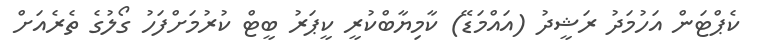
ކެޕްޓަން އަހުމަދު ރަޝީދު (އައްމަޑޭ) ކާމިޔާބްކުރީ ކީޕަރު ބީޓް ކުރުމަށްފަހު ގޯލުގެ ތެރެއަށް